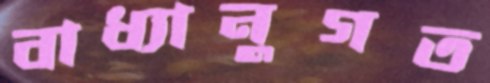
বাধ্যানুগত